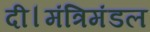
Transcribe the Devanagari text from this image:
दी।मंत्रिमंडल